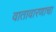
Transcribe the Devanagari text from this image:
वातावारणाचा